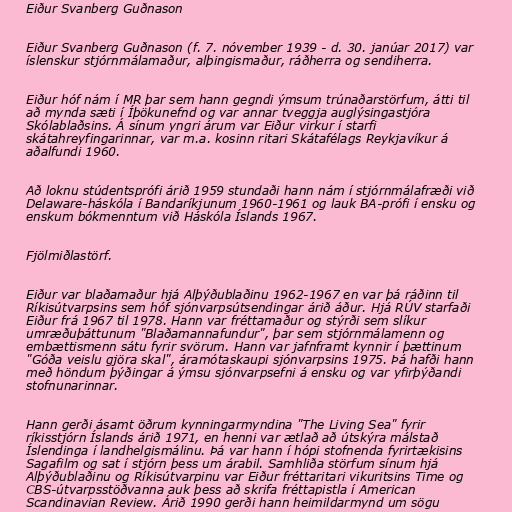
Eiður Svanberg Guðnason

Eiður Svanberg Guðnason (f. 7. nóvember 1939 - d. 30. janúar 2017) var
íslenskur stjórnmálamaður, alþingismaður, ráðherra og sendiherra.

Eiður hóf nám í MR þar sem hann gegndi ýmsum trúnaðarstörfum, átti til
að mynda sæti í Íþökunefnd og var annar tveggja auglýsingastjóra
Skólablaðsins. Á sínum yngri árum var Eiður virkur í starfi
skátahreyfingarinnar, var m.a. kosinn ritari Skátafélags Reykjavíkur á
aðalfundi 1960.

Að loknu stúdentsprófi árið 1959 stundaði hann nám í stjórnmálafræði við
Delaware-háskóla í Bandaríkjunum 1960-1961 og lauk BA-prófi í ensku og
enskum bókmenntum við Háskóla Íslands 1967.

Fjölmiðlastörf.

Eiður var blaðamaður hjá Alþýðublaðinu 1962-1967 en var þá ráðinn til
Ríkisútvarpsins sem hóf sjónvarpsútsendingar árið áður. Hjá RÚV starfaði
Eiður frá 1967 til 1978. Hann var fréttamaður og stýrði sem slíkur
umræðuþáttunum "Blaðamannafundur", þar sem stjórnmálamenn og
embættismenn sátu fyrir svörum. Hann var jafnframt kynnir í þættinum
"Góða veislu gjöra skal", áramótaskaupi sjónvarpsins 1975. Þá hafði hann
með höndum þýðingar á ýmsu sjónvarpsefni á ensku og var yfirþýðandi
stofnunarinnar.

Hann gerði ásamt öðrum kynningarmyndina "The Living Sea" fyrir
ríkisstjórn Íslands árið 1971, en henni var ætlað að útskýra málstað
Íslendinga í landhelgismálinu. Þá var hann í hópi stofnenda fyrirtækisins
Sagafilm og sat í stjórn þess um árabil. Samhliða störfum sínum hjá
Alþýðublaðinu og Ríkisútvarpinu var Eiður fréttaritari vikuritsins Time og
CBS-útvarpsstöðvanna auk þess að skrifa fréttapistla í American
Scandinavian Review. Árið 1990 gerði hann heimildarmynd um sögu